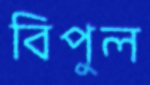
বিপুল